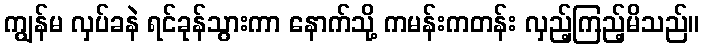
ကျွန်မ လှပ်ခနဲ ရင်ခုန်သွားကာ နောက်သို့ ကမန်းကတန်း လှည့်ကြည့်မိသည်။